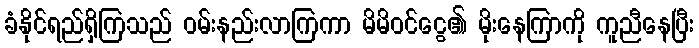
ခံနိုင်ရည်ရှိကြသည် ဝမ်းနည်းလာကြကာ မိမိဝင်ငွေ၏ မိုးနေကြာကို ကူညီနေပြီး